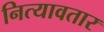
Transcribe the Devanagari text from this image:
नित्यावतार